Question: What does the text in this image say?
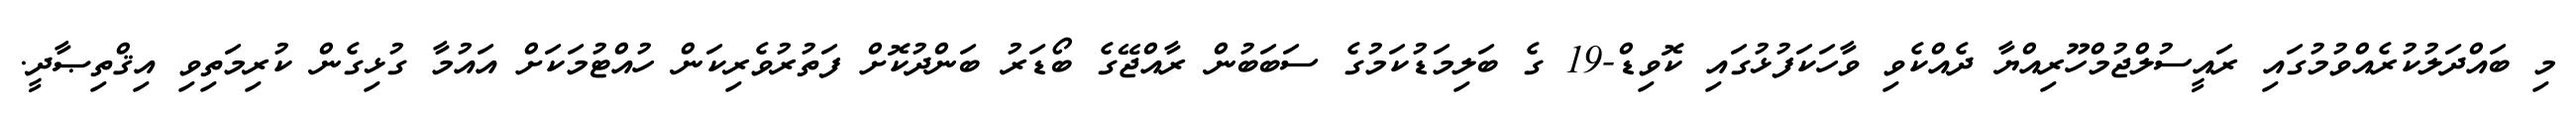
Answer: މި ބައްދަލުކުރެއްވުމުގައި ރައީސުލްޖުމްހޫރިއްޔާ ދެއްކެވި ވާހަކަފުޅުގައި ކޮވިޑް-19 ގެ ބަލިމަޑުކަމުގެ ސަބަބުން ރާއްޖޭގެ ބޯޑަރު ބަންދުކޮށް ފަތުރުވެރިކަން ހުއްޓުމަކަށް އައުމާ ގުޅިގެން ކުރިމަތިވި އިޤްތިޞާދީ.